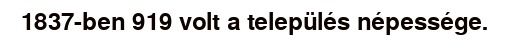
1837-ben 919 volt a település népessége.